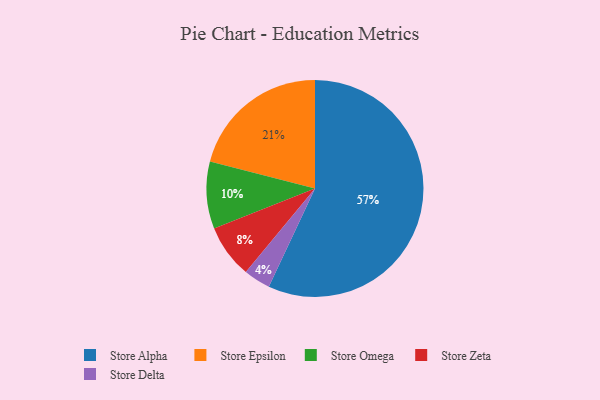
{"axis": {"x": "Category", "y": "Percentage"}, "legend": ["Store Alpha", "Store Delta", "Store Epsilon", "Store Omega", "Store Zeta"], "data": [{"x": "Store Alpha", "y": 57, "type": "Store Alpha"}, {"x": "Store Delta", "y": 4, "type": "Store Delta"}, {"x": "Store Zeta", "y": 8, "type": "Store Zeta"}, {"x": "Store Epsilon", "y": 21, "type": "Store Epsilon"}, {"x": "Store Omega", "y": 10, "type": "Store Omega"}]}